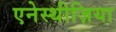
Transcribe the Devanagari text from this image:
एनेस्थीज़िया